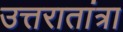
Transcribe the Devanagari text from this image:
उत्तरातांत्रा